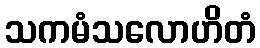
သကမံသလောဟိတံ